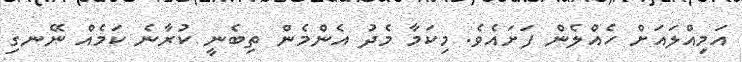
އަމިއްލައަށް ހެއްލެން ފަށައެވެ. މިކަމާ މެދު އެންމެން ތިބެނީ ކުރާނެ ކަމެއް ނޭނގި